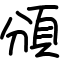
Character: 頒